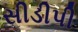
સીડીપી